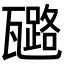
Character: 𤮗